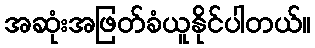
အဆုံးအဖြတ်ခံယူနိုင်ပါတယ်။